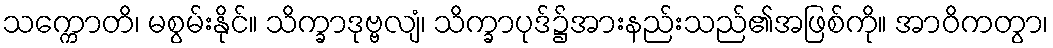
သက္ကောတိ၊ မစွမ်းနိုင်။ သိက္ခာဒုဗ္ဗလျံ၊ သိက္ခာပုဒ်၌အားနည်းသည်၏အဖြစ်ကို။ အာဝိကတွာ၊